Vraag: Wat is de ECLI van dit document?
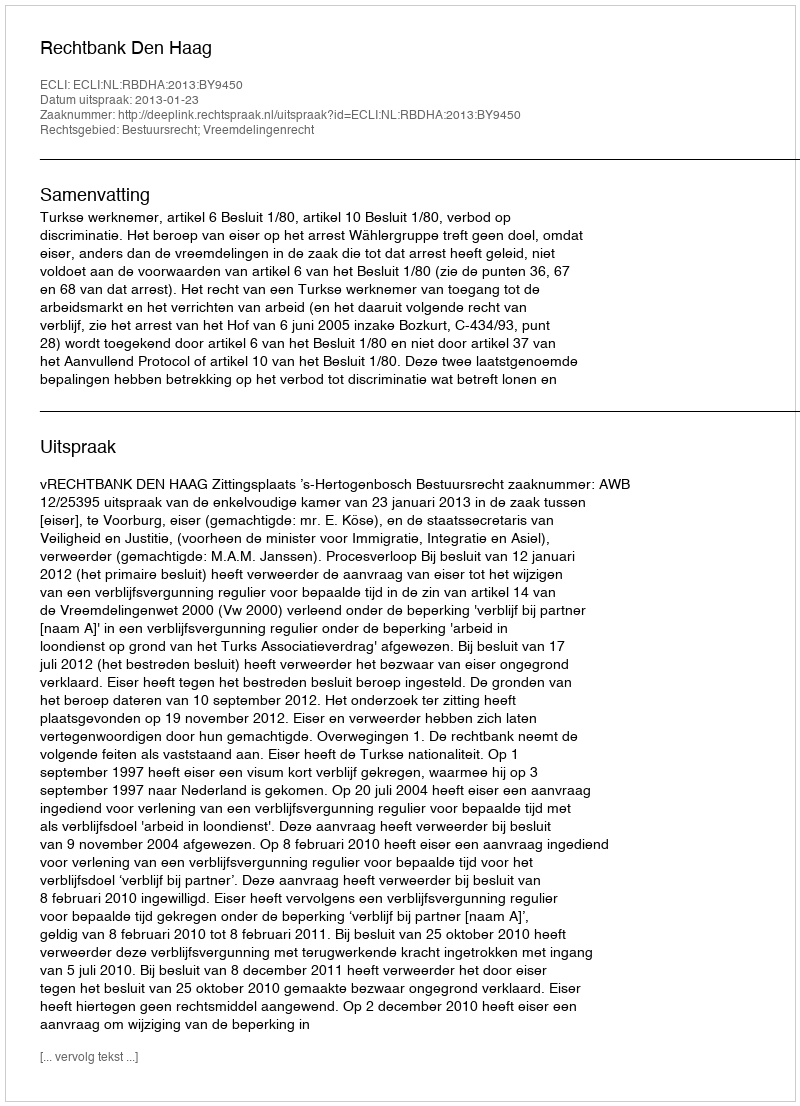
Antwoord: ECLI:NL:RBDHA:2013:BY9450